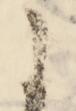
に